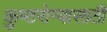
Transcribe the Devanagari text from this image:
कुष्ठरोग्यासाठी